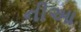
નીઆ